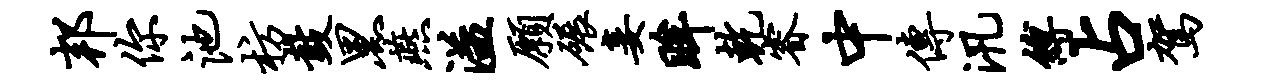
邦你池枋鼓黑燕溢愿碾妾眸乾睿中传汛缚占驾